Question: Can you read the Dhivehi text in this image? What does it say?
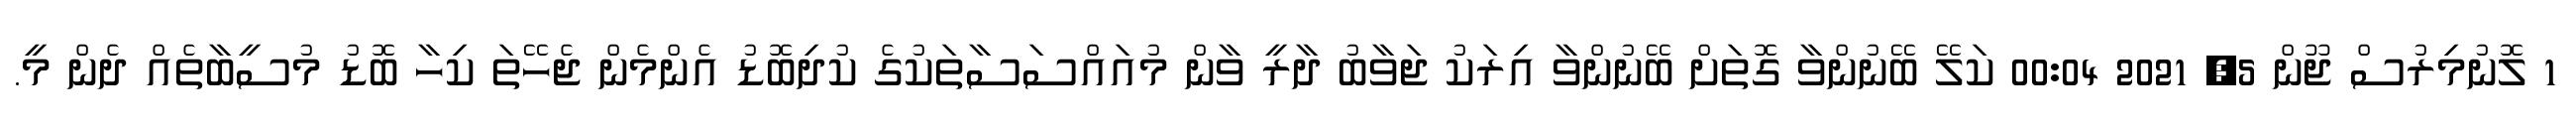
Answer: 1 ލޮނުމިރުސް ޖޫން 5, 2021 00:04 ކަލޭ ބޭނުންވާ ގޮތަށް ބޭނުންވާ އިރަކު ޖަވާބު ދާރީ ވާން މުއައްސަސާތަކުގެ ކުދިބޮޑު އެންމެން ޖެހޭތަ ކިހާ ބޮޑު މުސީބާތެއް ދެން މީ.